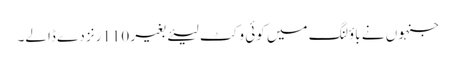
جنہوں نے باؤلنگ میں کوئی وکٹ لیئے بغیر 110رنز دے ڈالے۔